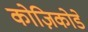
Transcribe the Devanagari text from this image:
कोज़िकोडे